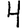
Digit: 4